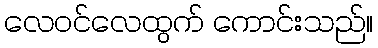
လေဝင်လေထွက် ကောင်းသည်။